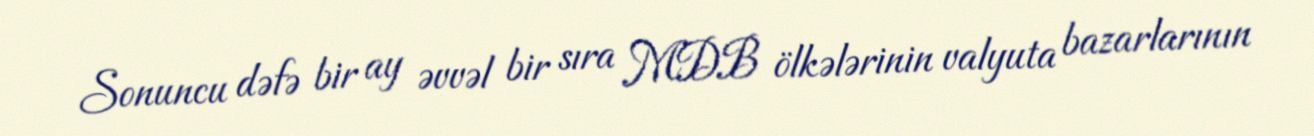
Sonuncu dəfə bir ay əvvəl bir sıra MDB ölkələrinin valyuta bazarlarının